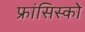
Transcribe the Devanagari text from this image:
फ्रांसिस्‍को